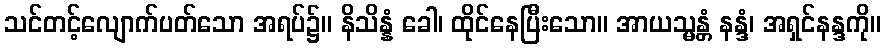
သင်တင့်လျောက်ပတ်သော အရပ်၌။ နိသိန္နံ ခေါ၊ ထိုင်နေပြီးသော။ အာယသ္မန္တံ နန္ဒံ၊ အရှင်နန္ဒကို။